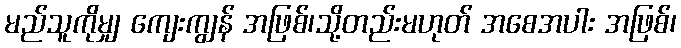
မည်သူကိုမျှ ကျေးကျွန် အဖြစ်၊သို့တည်းမဟုတ် အစေအပါး အဖြစ်၊